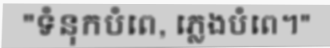
"ទំនុកបំពេ, ភ្លេងបំពេ។"